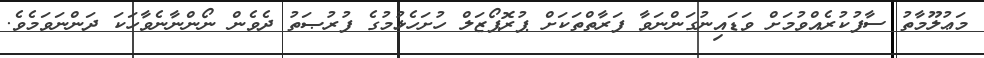
މަޢުލޫމާތު ސާފުކުރެއްވުމަށް ވަޑައިނުގަންނަވާ ފަރާތްތަކަށް ޕުރޮޕޯޒަލް ހުށަހެޅުމުގެ ފުރުޞަތު ދެވެން ނޯންނާނެވާހަކަ ދަންނަވަމެވެ.